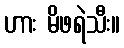
ဟား မိဖရဲသီး။